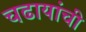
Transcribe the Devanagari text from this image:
चढायांची